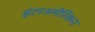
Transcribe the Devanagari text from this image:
इंटरअमेरिकन